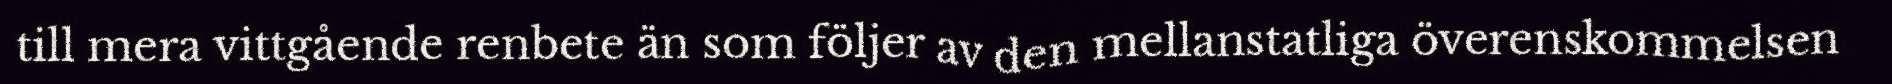
till mera vittgående renbete än som följer av den mellanstatliga överenskommelsen